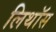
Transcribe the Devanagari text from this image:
लिथॉस